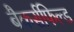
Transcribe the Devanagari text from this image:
बैकर्सफिल्ड